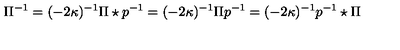
\Pi ^ { - 1 } = ( - 2 \kappa ) ^ { - 1 } \Pi \star p ^ { - 1 } = ( - 2 \kappa ) ^ { - 1 } \Pi p ^ { - 1 } = ( - 2 \kappa ) ^ { - 1 } p ^ { - 1 } \star \Pi